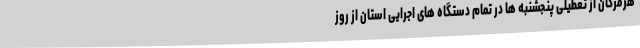
هرمزگان از تعطیلی پنجشنبه ها در تمام دستگاه های اجرایی استان از روز